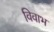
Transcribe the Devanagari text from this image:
विवाभ